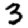
Digit: 3